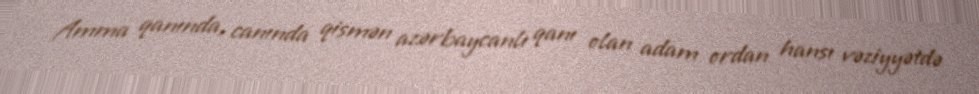
Amma qanında, canında qismən azərbaycanlı qanı olan adam ordan hansı vəziyyətdə